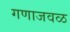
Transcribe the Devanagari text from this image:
गणाजवळ